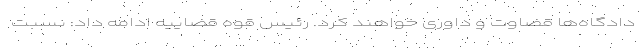
دادگاه‌ها قضاوت و داوری خواهند کرد. رئیس قوه قضاییه ادامه داد: نسبت